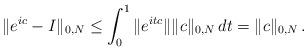
LaTeX: \begin{align*}\|e^{ic}-I\|_{0,N}\leq \int_0^1\|e^{itc}\|\|c\|_{0,N}\,dt =\|c\|_{0,N}\,.\end{align*}